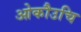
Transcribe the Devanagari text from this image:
ओकौउचि